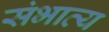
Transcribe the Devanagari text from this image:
संभाव्‍य